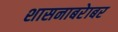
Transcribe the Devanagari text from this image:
शासनाबरेाबर